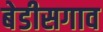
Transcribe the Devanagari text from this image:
बेडीसगाव